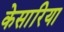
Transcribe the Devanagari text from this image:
केसारिया